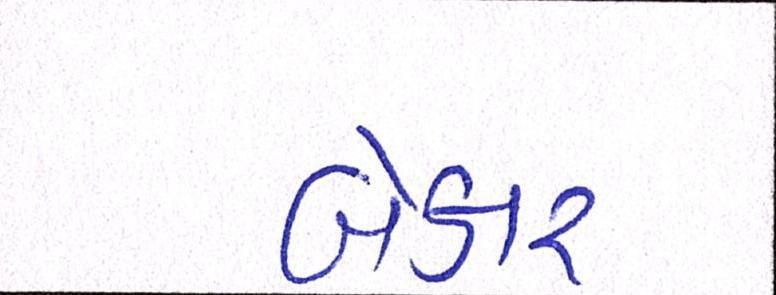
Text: બેકાર